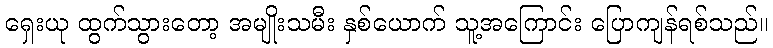
ရှေးယု ထွက်သွားတော့ အမျိုးသမီး နှစ်ယောက် သူ့အကြောင်း ပြောကျန်ရစ်သည်။